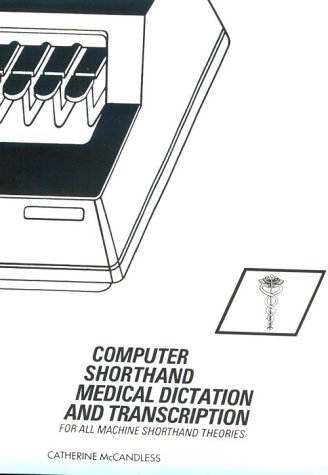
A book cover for Computer Shorthand: Medical Dictation and Transcription; Catherine McCandless; Law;